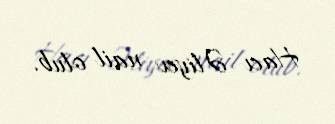
Hacı Əliyev nail olub.